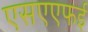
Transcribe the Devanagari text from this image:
एसएएफई